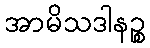
အာမိသဒါနဉ္စ